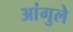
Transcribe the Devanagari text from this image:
आंगुले